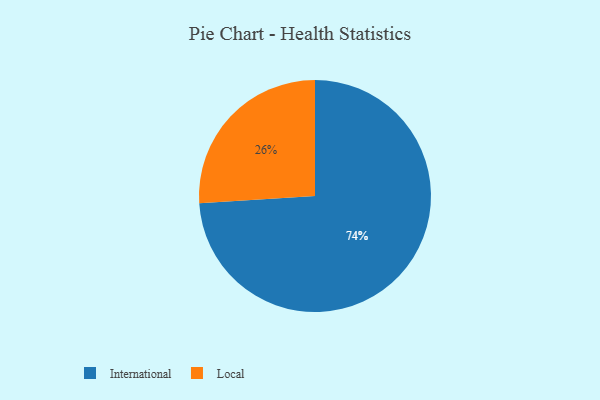
{"axis": {"x": "Category", "y": "Percentage"}, "legend": ["International", "Local"], "data": [{"x": "International", "y": 74, "type": "International"}, {"x": "Local", "y": 26, "type": "Local"}]}